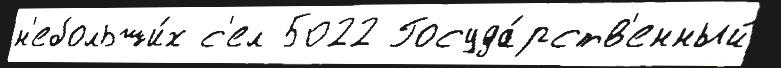
н'ебольши́х с'ел 5022 Госуда́рств'енный